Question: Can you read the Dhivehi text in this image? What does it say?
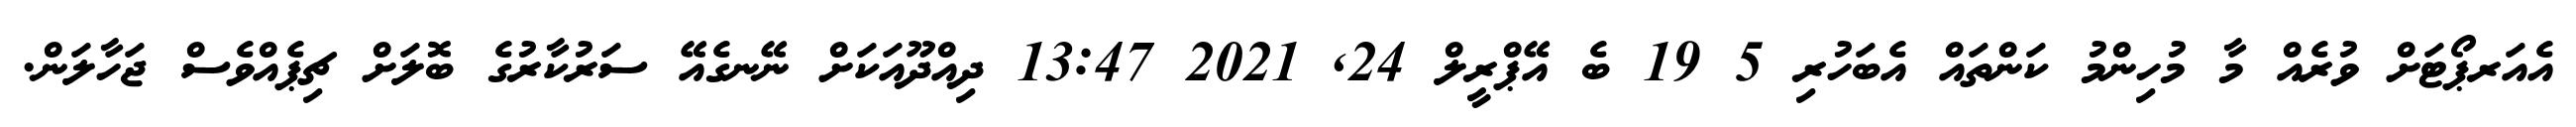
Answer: އެއަރޕޯޓަށް ވުރެއް މާ މުހިންމު ކަންތައް އެބަހުރި 5 19 ބެ އޭޕްރީލް 24, 2021 13:47 ދިއްދޫއަކަށް ނޭނގެއޭ ސަރުކާރުގެ ބޮލަށް ޗިޕެއްވެސް ޖަހާލަން.